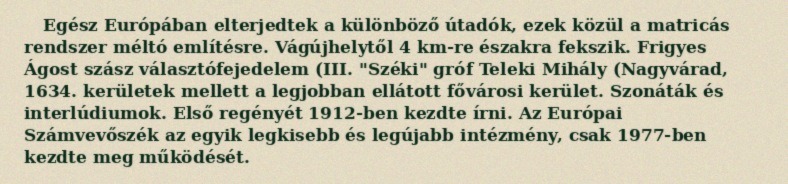
Egész Európában elterjedtek a különböző útadók, ezek közül a matricás rendszer méltó említésre. Vágújhelytől 4 km-re északra fekszik. Frigyes Ágost szász választófejedelem (III. "Széki" gróf Teleki Mihály (Nagyvárad, 1634. kerületek mellett a legjobban ellátott fővárosi kerület. Szonáták és interlúdiumok. Első regényét 1912-ben kezdte írni. Az Európai Számvevőszék az egyik legkisebb és legújabb intézmény, csak 1977-ben kezdte meg működését.